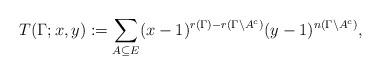
LaTeX: \begin{align*}T(\Gamma;x,y) := \sum_{A \subseteq E}(x-1)^{r(\Gamma)-r(\Gamma\backslash A^{c})}(y-1)^{n(\Gamma\backslash A^{c})},\end{align*}